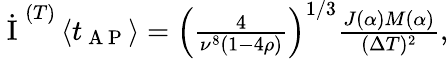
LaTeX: \begin{array}{r}{\dot{\mathrm{~I~}}^{(T)}\left\langle t_{\mathrm{~A~P~}}\right\rangle=\left(\frac{4}{\nu^{8}\left(1-4\rho\right)}\right)^{1/3}\frac{J(\alpha)M(\alpha)}{(\Delta T)^{2}},}\end{array}